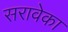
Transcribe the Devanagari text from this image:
सरावेका